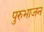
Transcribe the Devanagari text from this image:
पुरुभाजन